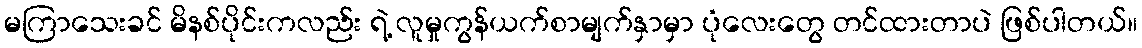
မကြာသေးခင် မိနစ်ပိုင်းကလည်း ရဲ့ လူမှုကွန်ယက်စာမျက်နှာမှာ ပုံလေးတွေ တင်ထားတာပဲ ဖြစ်ပါတယ်။